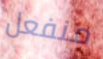
منفعل